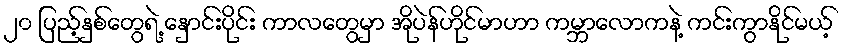
၂၀ ပြည့်နှစ်တွေရဲ့ နှောင်းပိုင်း ကာလတွေမှာ အိုပဲန်ဟိုင်မာဟာ ကမ္ဘာလောကနဲ့ ကင်းကွာနိုင်မယ့်